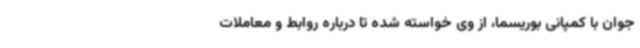
جوان با کمپانی بوریسما،‌ از وی خواسته شده تا درباره روابط و معاملات